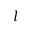
l